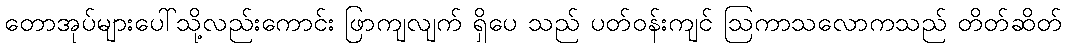
တောအုပ်များပေါ်သို့လည်းကောင်း ဖြာကျလျက် ရှိပေ သည် ပတ်ဝန်းကျင် ဩကာသလောကသည် တိတ်ဆိတ်